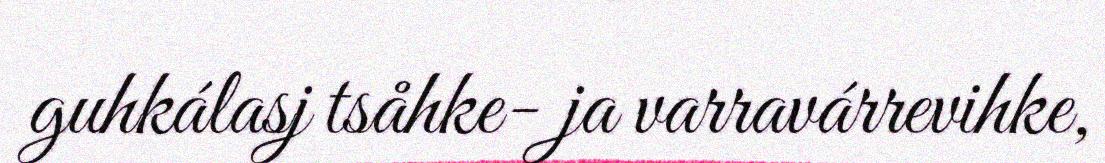
guhkálasj tsåhke- ja varravárrevihke,